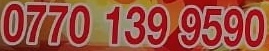
0770 139 9590